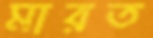
মারত